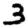
Digit: 3